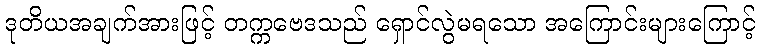
ဒုတိယအချက်အားဖြင့် တက္ကဗေဒသည် ရှောင်လွဲမရသော အကြောင်းများကြောင့်